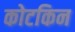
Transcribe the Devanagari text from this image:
कोटकिन